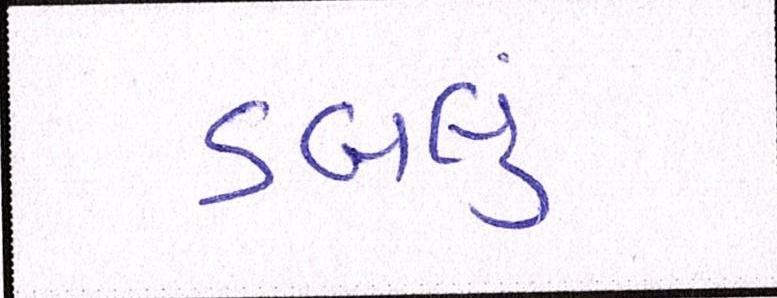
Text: ડબલું